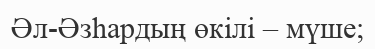
Әл-Әзһардың өкілі – мүше;